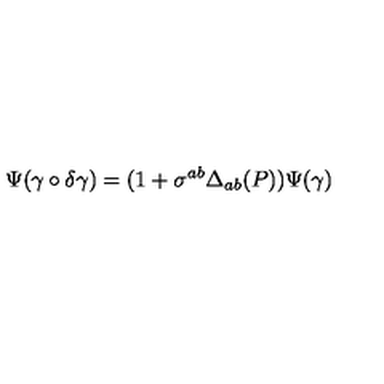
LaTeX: \Psi ( \gamma \circ \delta \gamma ) = ( 1 + \sigma ^ { a b } \Delta _ { a b } ( P ) ) \Psi ( \gamma )